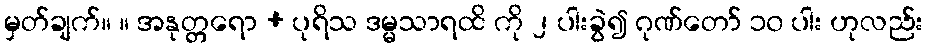
မှတ်ချက်။ ။ အနုတ္တရော + ပုရိသ ဒမ္မသာရထိ ကို ၂ ပါးခွဲ၍ ဂုဏ်တော် ၁၀ ပါး ဟုလည်း